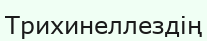
Трихинеллездің